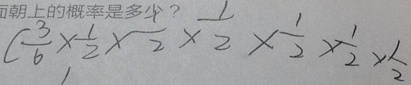
( \frac { 3 } { 6 } \times \frac { 1 } { 2 } \times \frac { 1 } { 2 } \times \frac { 1 } { 2 } \times \frac { 1 } { 2 } \times \frac { 1 } { 2 } \times \frac { 1 } { 2 }